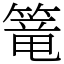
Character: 篭